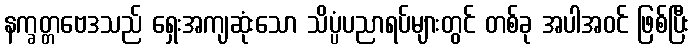
နက္ခတ္တဗေဒသည် ရှေးအကျဆုံးသော သိပ္ပံပညာရပ်များတွင် တစ်ခု အပါအဝင် ဖြစ်ပြီး